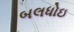
બલધોઇ